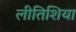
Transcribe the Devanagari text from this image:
लीतिशिया